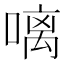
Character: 𠻗